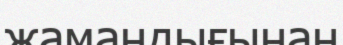
жамандығынан